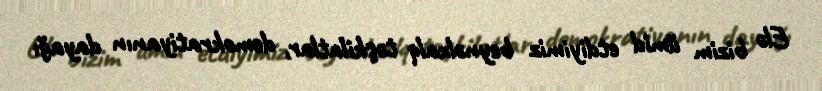
Elə bizim ümid etdiyimiz beynəlxalq təşkilatlar, demokratiyanın dayağı